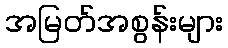
အမြတ်အစွန်းများ